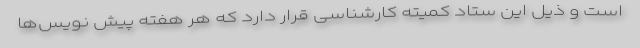
است و ذیل این ستاد کمیته کارشناسی قرار دارد که هر هفته پیش نویس‌ها